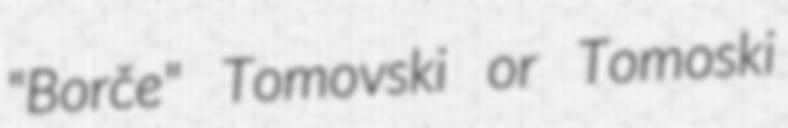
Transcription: "Borče" Tomovski or Tomoski